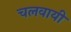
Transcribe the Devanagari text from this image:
चलवायी